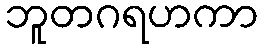
ဘူတဂရဟကာ